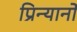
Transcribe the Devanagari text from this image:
प्रिन्यानो